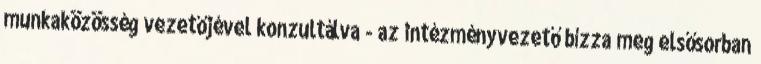
munkaközösség vezetőjével konzultálva - az intézményvezető bízza meg elsősorban